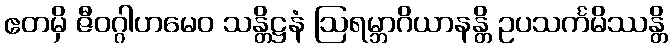
ဧတမှိ ဇီဝဂ္ဂါဟမေဝ သန္တိဋ္ဌနံ ဩရမ္ဘာဂိယာနန္တိ ဥပသင်္ကမိဿန္တိ